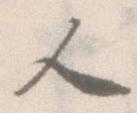
人